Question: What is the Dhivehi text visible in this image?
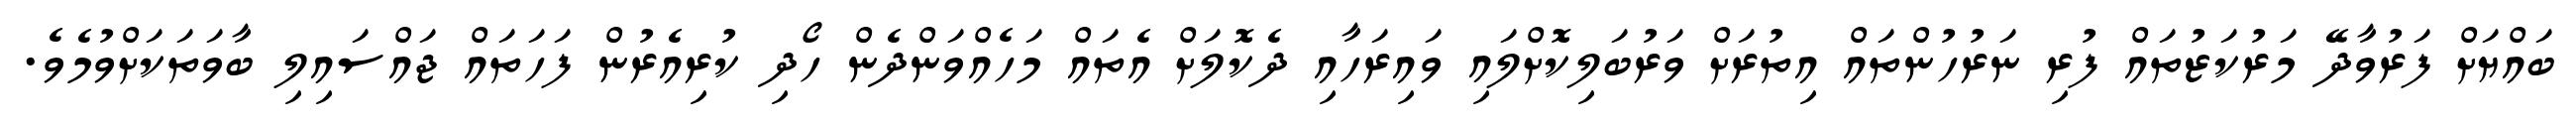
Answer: ބައްޔަށް ފަރުވާދޭ މަރުކަޒުތައް ފުރި ނަރުހުންތައް އިތުރަށް ވަރުބަލިކޮށްލައި ވައިރަހާއި ދެކޮލަށް އެތައް މަހެއްވަންދެން ހޯދި ކުރިއެރުން ފަހަތައް ޖައްސައިލި ބާވަތަކަށްވުމެވެ.